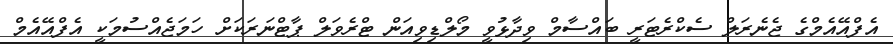
އެފްއޭއެމްގެ ޖެނެރަލް ސެކްރެޓަރީ ބައްސާމް ވިދާޅުވީ މޯލްޑިވިއަން ޓްރެވަލް ޕާޓްނަރަކަށް ހަމަޖެއްސުމަކީ އެފްއޭއެމް